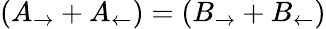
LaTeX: (A_{\rightarrow}+A_{\leftarrow})=(B_{\rightarrow}+B_{\leftarrow})